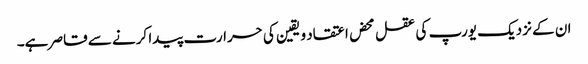
ان کے نزدیک یورپ کی عقل محض اعتقاد و یقین کی حرارت پیدا کرنے سے قاصر ہے۔